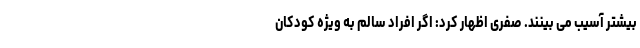
بیشتر آسیب می بینند. صفری اظهار کرد: اگر افراد سالم به ویژه کودکان